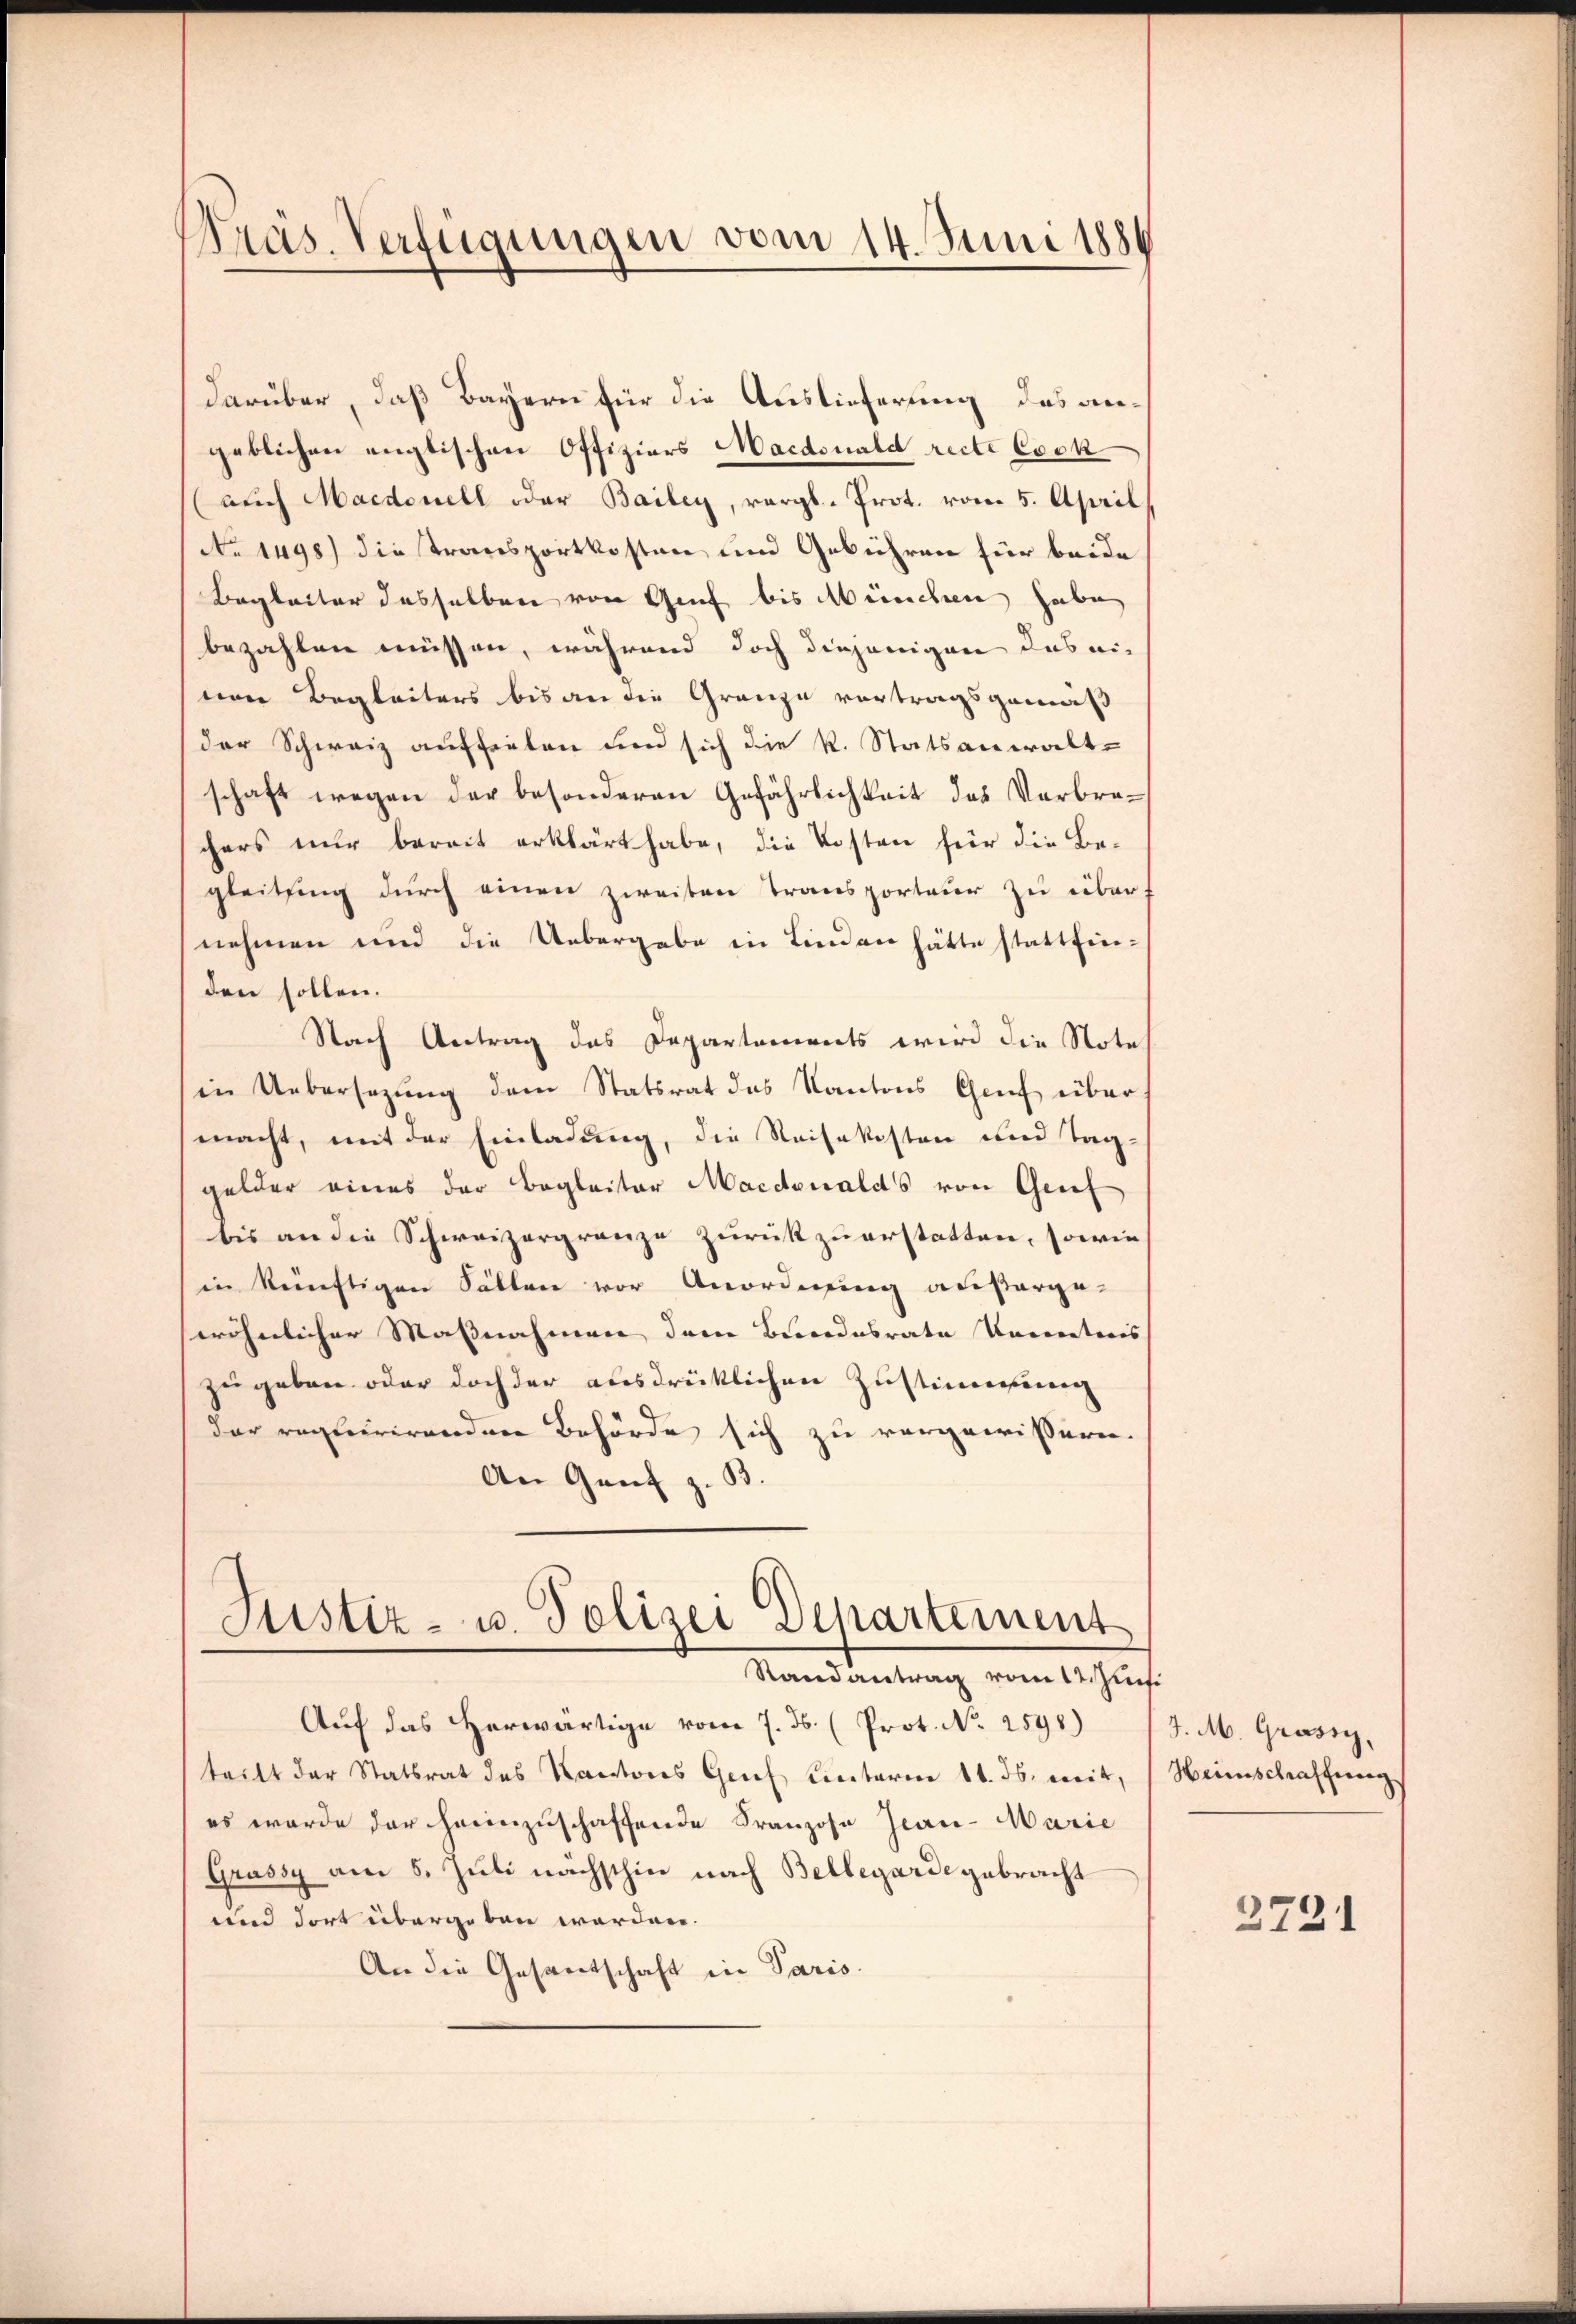
Präs. Verfügungen vom 14. Juni 1880

darüber, daß Bayern für die Auslieferung des angeblichen englischen Offiziers Macdsnald recte Cock
(auch Macedonell oder Bailey, vergl. Prot. vom 5. April
No 1498) die Transportkosten und Gebühren für beide
Begleiter dasselben von Genf bis deinchen habe
bezahlen müssen, während doch diejenigen das eis
einer Begleiters bis an die Granze vortragsgemäß
der Schweiz auffielen und sich die k. Statsanwaltschaft wegen der besonderen Gefährlichkeit des Verbrechers nur bereit erklärt habe, die Kosten für die Begleitung durch einen zweiten Transporteur zu über
nehmen und die Uebergabe in Linden hätte stattfinden sollen.
Nach Antrag das Departements wird die Note
in Uebersezung dem Statsrat des Kantons Chef über
macht, mit der Einladung, die Reisekosten und Tag-
gelder eines der Begleiter Macdoualds von Grif
bis an die Schweizergränze zurückzuerstatten, sowie
in künftigen Fällen vor Anordnung außerge-
wöhnlicher Maßnahmen dem Bundesrate Kameratoris
zugeben oder doch der ausdrücklichen Zustimmung
der requirirenden Behörde sich zu vergewissern.
An Gant z. B.
Justiz- u. Polizei Departement

Randantrag vom 12. Juni

Auf das herwärtige vom 7. ds. (Prot. No 2598)
teilt der Statsrat des Kantons Genf Einterm 11. ds. mit,
es wurde der heimzuschaffende Franzose Jean - Marie
Grassy am 5. Juli nächsthin nach Bellegarde gebracht
und dort übergeben worden.
An die Gesantschaft in Paris.

J. M. Grasse,
Heimschraffung

2721